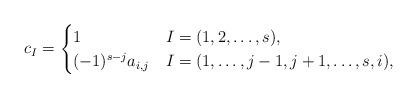
LaTeX: \begin{align*}c_I=\begin{cases}1 & I=(1,2,\dots,s), \\(-1)^{s-j}a_{i,j} & I=(1,\dots,j-1,j+1,\dots,s,i),\end{cases}\end{align*}